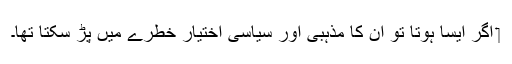
‏ اگر ایسا ہوتا تو اُن کا مذہبی اور سیاسی اِختیار خطرے میں پڑ سکتا تھا۔